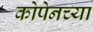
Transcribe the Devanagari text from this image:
कोपेनच्या